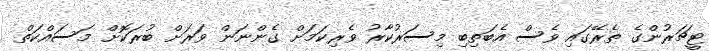
ޓީޗަރުންގެ ތެރޭގައި ވެސް އެބަތިބި މިސަރުކާރު ވެރިކަމަށް ގެންނަން ވަރަށް ބުރަކޮށް މަސައްކަތް